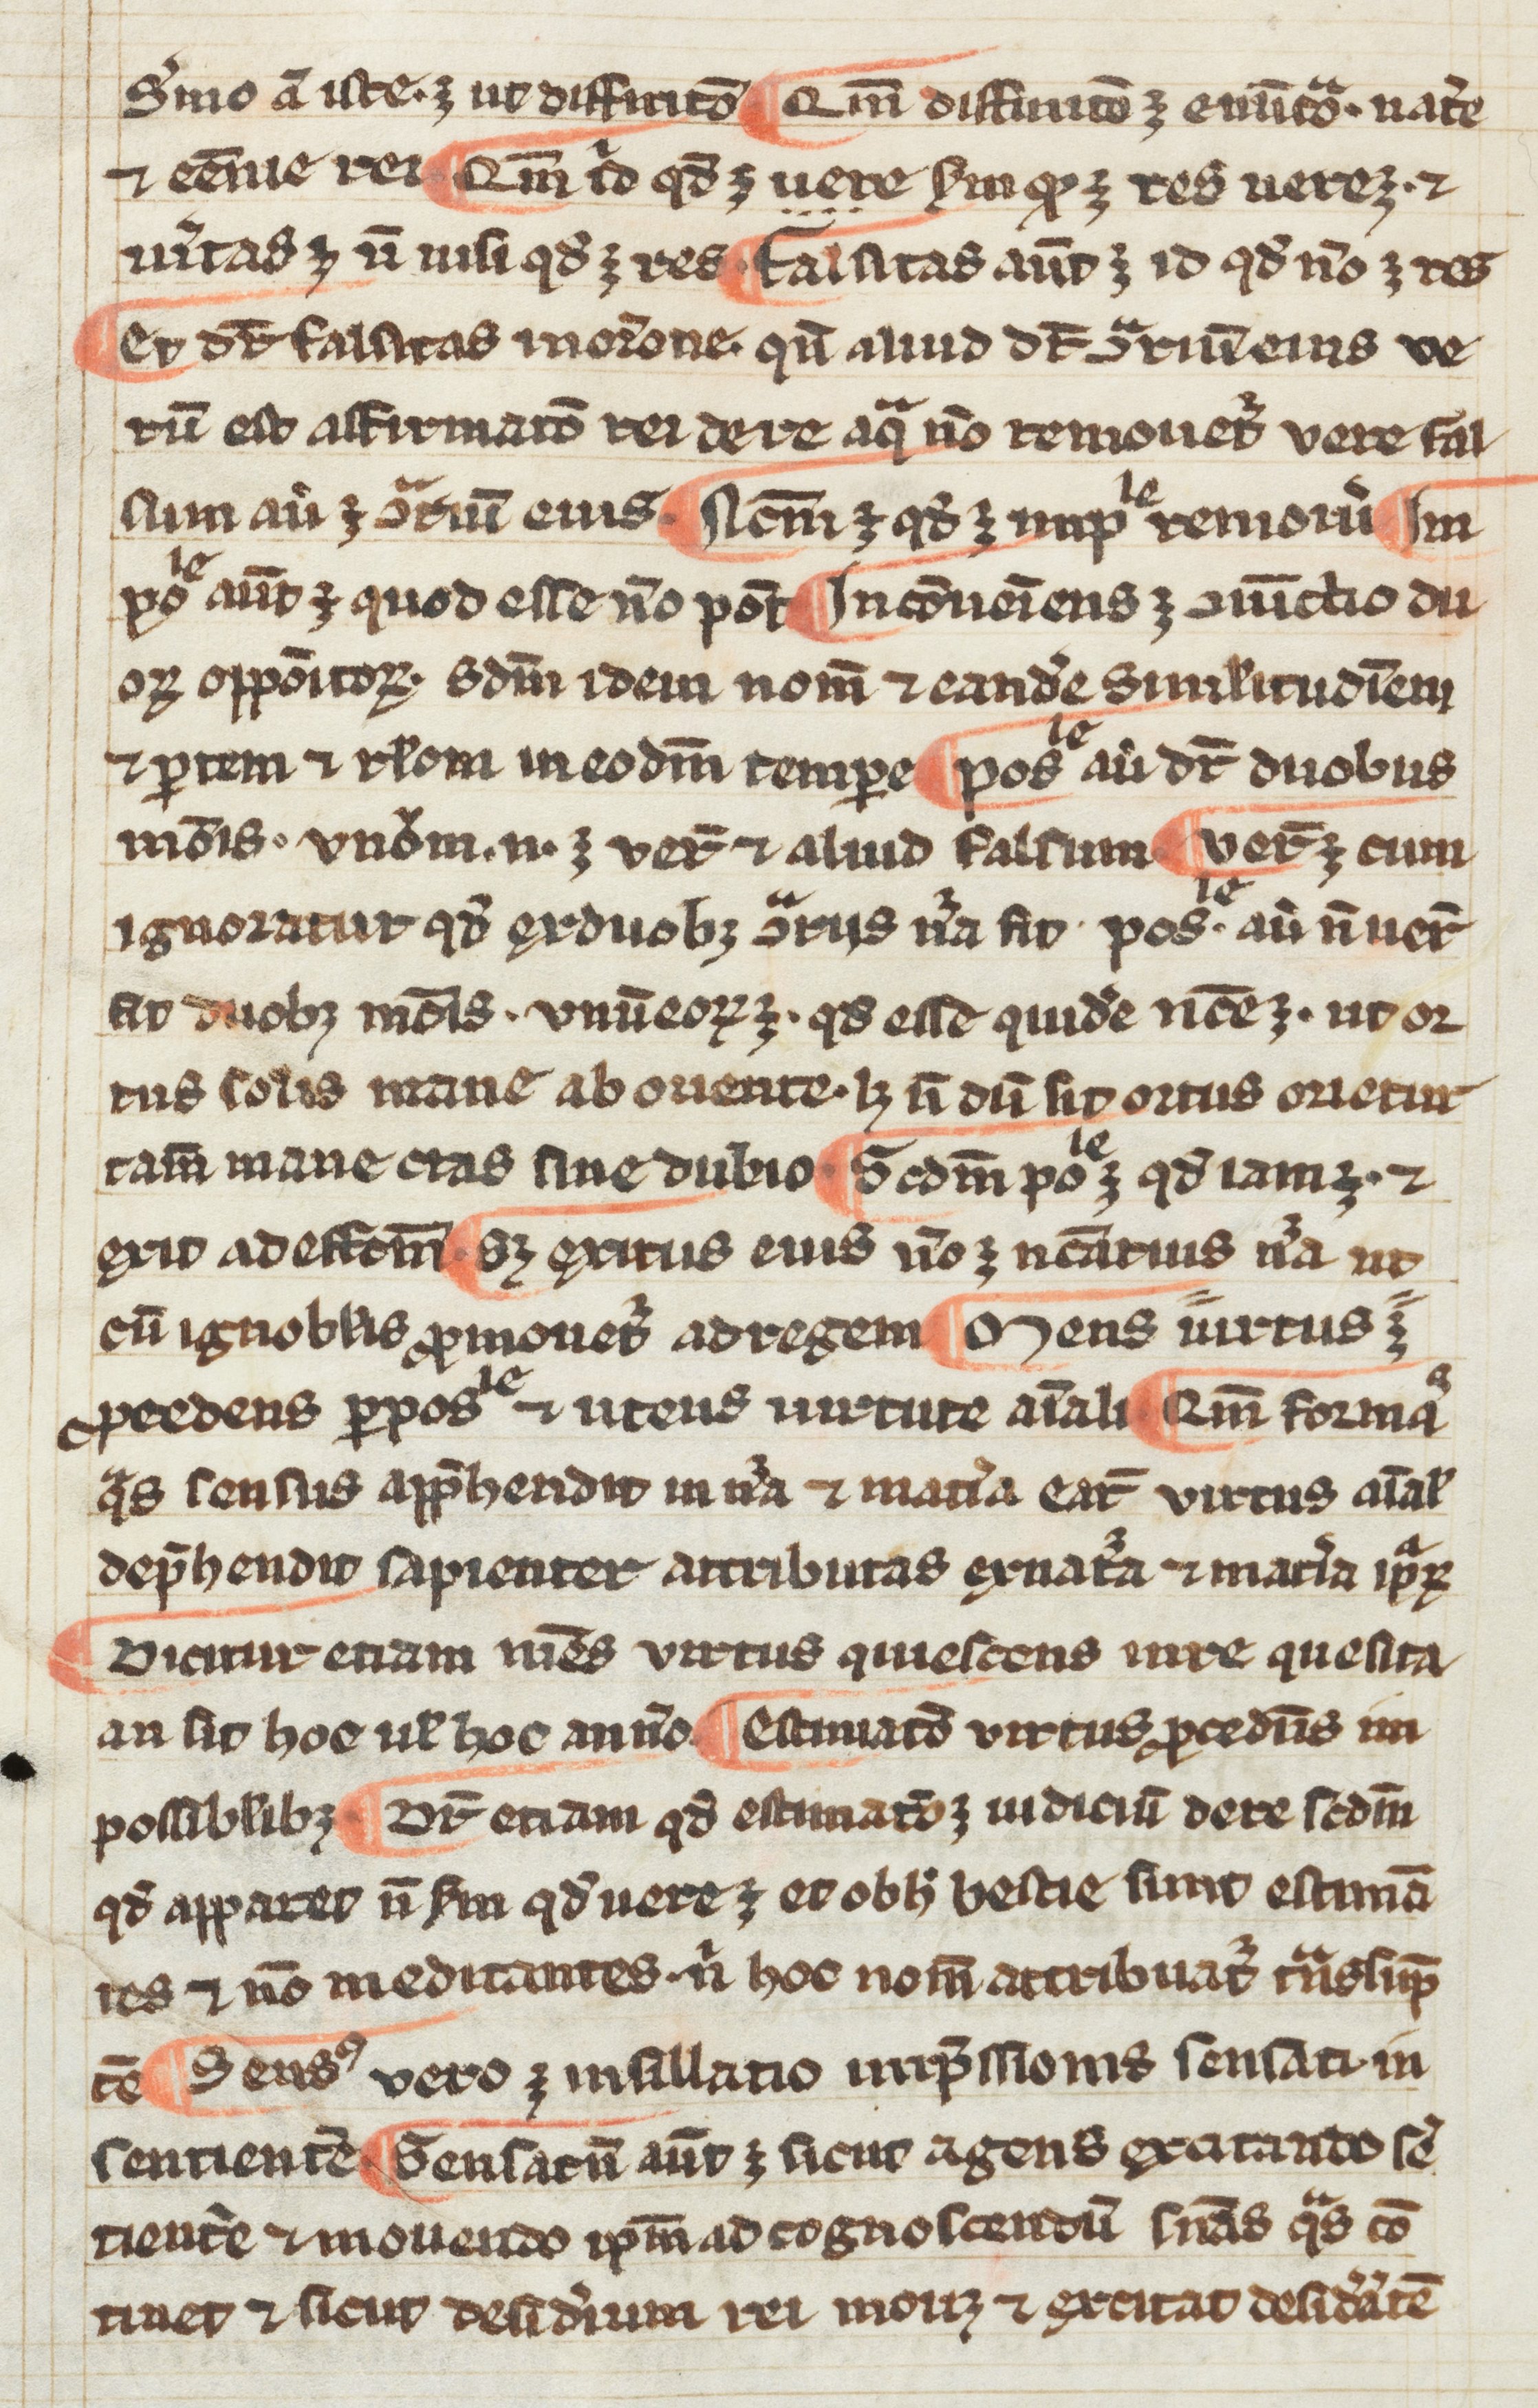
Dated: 1300–1399